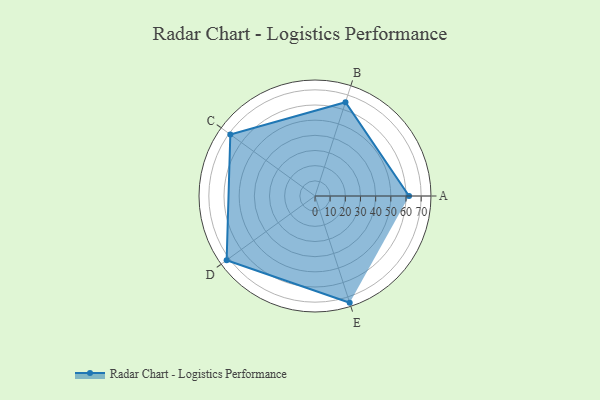
{"axis": {"x": "Skill", "y": "Score"}, "legend": ["Profile"], "data": [{"x": "A", "y": 62.0, "type": "Profile"}, {"x": "B", "y": 65.0, "type": "Profile"}, {"x": "C", "y": 69.0, "type": "Profile"}, {"x": "D", "y": 72.0, "type": "Profile"}, {"x": "E", "y": 74.0, "type": "Profile"}]}